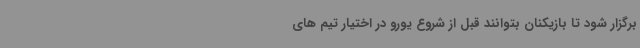
برگزار شود تا بازیکنان بتوانند قبل از شروع یورو در اختیار تیم های